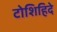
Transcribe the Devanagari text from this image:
टोशिहिदे